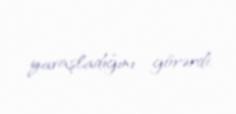
yavaşladığını görərdi.